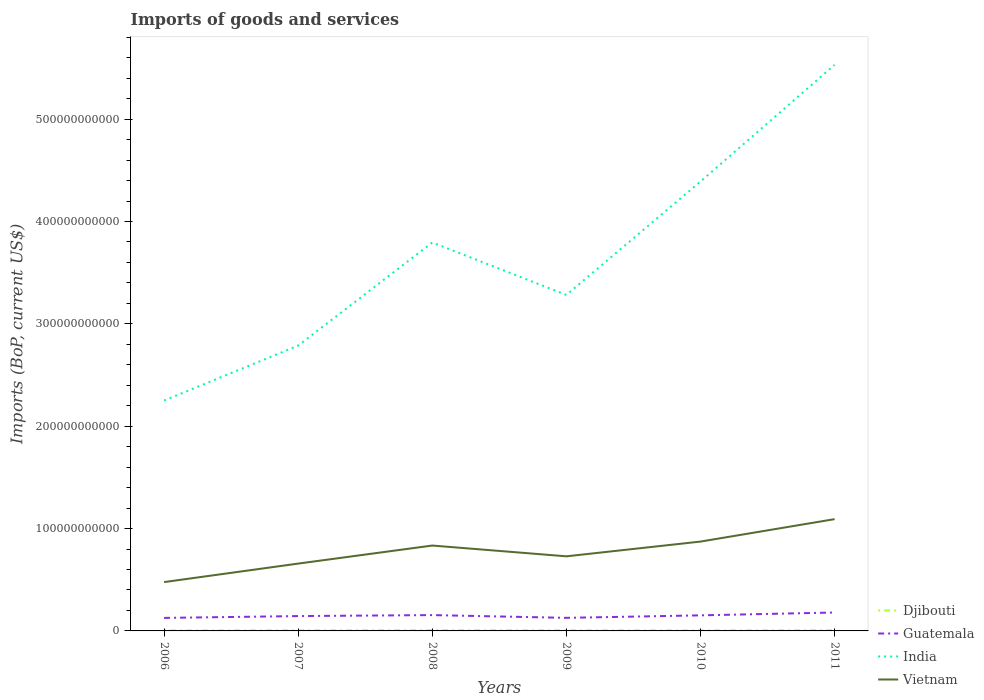
| Years | Djibouti | Guatemala | India | Vietnam |
 | --- | --- | --- | --- | --- |
 | 2006 | 4.25e+08 | 1.27e+10 | 2.25e+11 | 4.77e+10 |
 | 2007 | 5.69e+08 | 1.45e+10 | 2.79e+11 | 6.58e+10 |
 | 2008 | 6.91e+08 | 1.55e+10 | 3.79e+11 | 8.34e+10 |
 | 2009 | 5.65e+08 | 1.28e+10 | 3.28e+11 | 7.29e+10 |
 | 2010 | 4.78e+08 | 1.52e+10 | 4.39e+11 | 8.73e+10 |
 | 2011 | 6.58e+08 | 1.8e+10 | 5.53e+11 | 1.09e+11 |